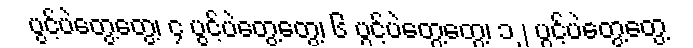
ပွင့်ပဲတွေ့တွေ့၊ ၄ ပွင့်ပဲတွေ့တွေ့၊ ၆ ပွင့်ပဲတွေ့တွေ့၊ ၁၂ ပွင့်ပဲတွေ့တွေ့